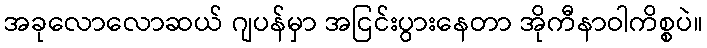
အခုလောလောဆယ် ဂျပန်မှာ အငြင်းပွားနေတာ အိုကီနာဝါကိစ္စပဲ။